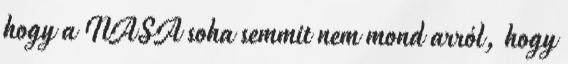
hogy a NASA soha semmit nem mond arról, hogy